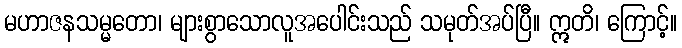
မဟာဇနသမ္မတော၊ များစွာသောလူအပေါင်းသည် သမုတ်အပ်ပြီ။ ဣတိ၊ ကြောင့်။